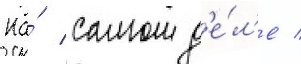
На́ самом д'е́л'е /